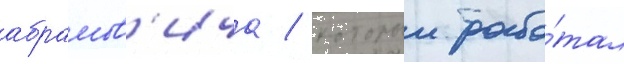
абрамов'ича / которыи рабо́тал